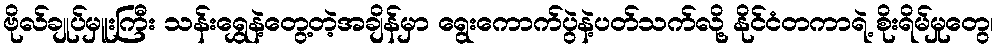
ဗိုလ်ချုပ်မှူးကြီး သန်းရွှေနဲ့တွေ့တဲ့အချိန်မှာ ရွေးကောက်ပွဲနဲ့ပတ်သက်လို့ နိုင်ငံတကာရဲ့ စိုးရိမ်မှုတွေ၊